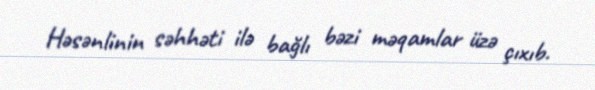
Həsənlinin səhhəti ilə bağlı bəzi məqamlar üzə çıxıb.